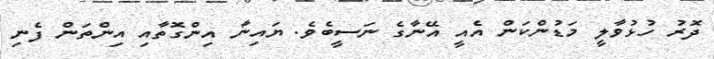
ދޮރު ހުޅުވާލީ މަޑުންކަން އެއީ އޭނާގެ ނަސީބެވެ. ޔައިނާ އިންގޮތާއި އިންތަން ފެނި